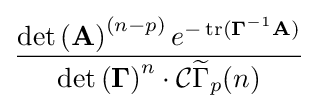
{\frac {\det \left(\mathbf {A} \right)^{(n-p)}e^{-\operatorname {tr} (\mathbf {\Gamma } ^{-1}\mathbf {A} )}}{\det \left(\mathbf {\Gamma } \right)^{n}\cdot {\mathcal {C}}{\widetilde {\Gamma }}_{p}(n)}}